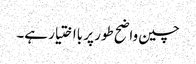
چین واضح طور پر بااختیار ہے۔